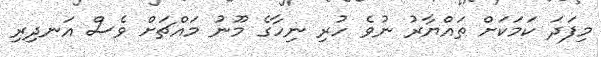
މިފަދަ ކަމަކަށް ތައްޔާރު ނުވެ ހުރި ނިހާގެ މޫނު މައްޗަށް ވެސް އަނދިރި